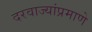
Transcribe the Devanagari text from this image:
दरवाज्यांप्रमाणे